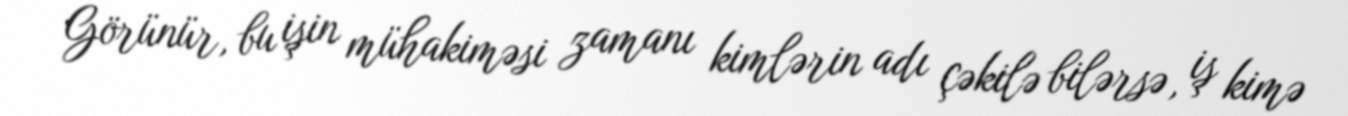
Görünür, bu işin mühakiməsi zamanı kimlərin adı çəkilə bilərsə, iş kimə